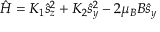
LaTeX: { \hat { H } } = K _ { 1 } { { \hat { s } } _ { z } } ^ { 2 } + K _ { 2 } { { \hat { s } } _ { y } } ^ { 2 } - 2 \mu _ { B } B { { \hat { s } } _ { y } }